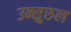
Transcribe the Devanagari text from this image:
उन्सुरुल